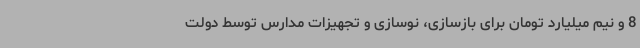
8 و نیم میلیارد تومان برای بازسازی، نوسازی و تجهیزات مدارس توسط دولت